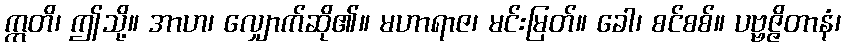
ဣတိ၊ ဤသို့။ အာဟ၊ လျှောက်ဆို၏။ မဟာရာဇ၊ မင်းမြတ်။ ခေါ၊ စင်စစ်။ ပဗ္ဗဇ္ဇိတာနံ၊